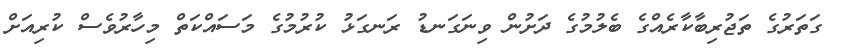
ގަތަރުގެ ތަޖުރިބާކާރެއްގެ ބެލުމުގެ ދަށުން ވިނަގަނޑު ރަނގަޅު ކުރުމުގެ މަސައްކަތް މިހާރުވެސް ކުރިއަށް